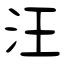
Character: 汪